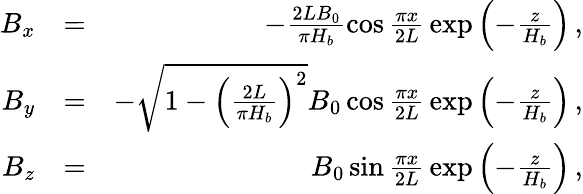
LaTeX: \begin{array}{rlr}{B_{x}}&{=}&{-\frac{2LB_{0}}{\pi H_{b}}\cos{\frac{\pi x}{2L}}\exp\left({-\frac{z}{H_{b}}}\right)\, ,}\\ {B_{y}}&{=}&{-\sqrt{1-\left(\frac{2L}{\pi H_{b}}\right)^{2}}B_{0}\cos{\frac{\pi x}{2L}}\exp\left({-\frac{z}{H_{b}}}\right)\, ,}\\ {B_{z}}&{=}&{B_{0}\sin{\frac{\pi x}{2L}}\exp\left({-\frac{z}{H_{b}}}\right)\, ,}\end{array}